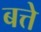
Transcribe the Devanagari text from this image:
बत्ते